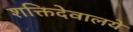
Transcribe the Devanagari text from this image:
शक्तिदेवालये